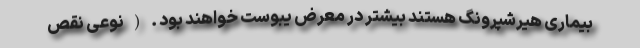
بیماری هیرشپرونگ هستند بیشتر در معرض یبوست خواهند بود . ( نوعی نقص